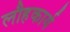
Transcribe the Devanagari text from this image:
लौहकार्य